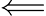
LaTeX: \Longleftarrow